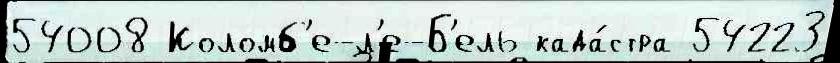
54008 Коломб'е-л'е-Б'ель када́стра 54223